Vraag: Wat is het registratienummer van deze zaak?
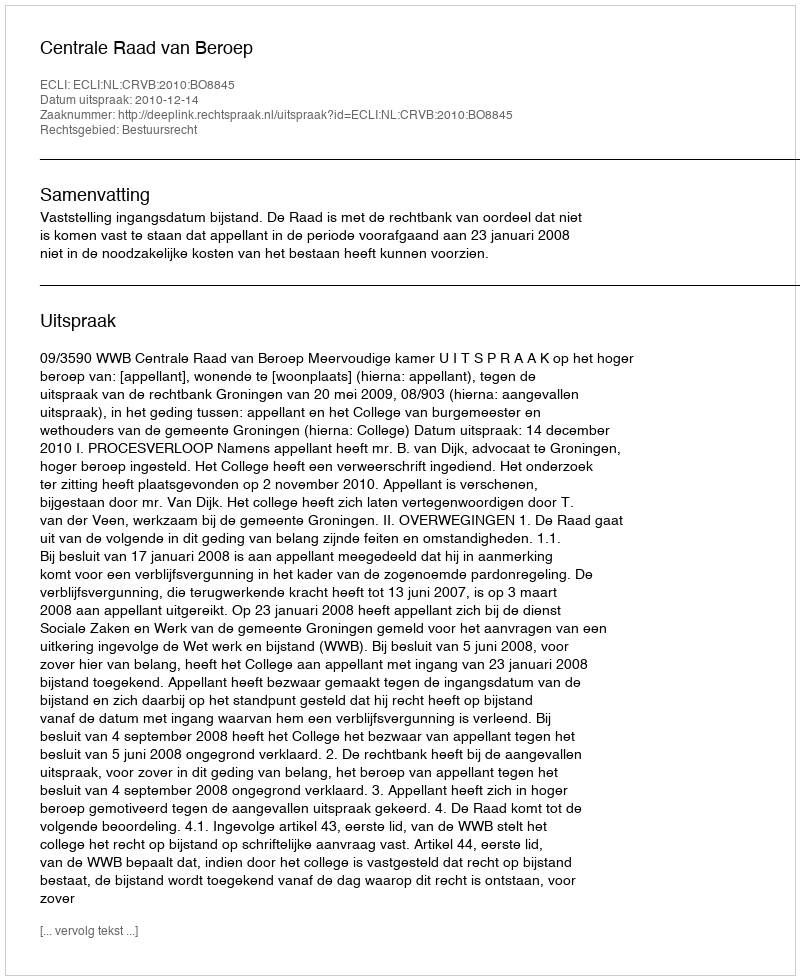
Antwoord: http://deeplink.rechtspraak.nl/uitspraak?id=ECLI:NL:CRVB:2010:BO8845